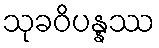
သုခဝိပန္နဿ